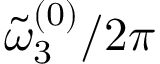
{ \tilde { \omega } _ { 3 } } ^ { ( 0 ) } / 2 \pi